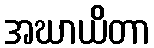
အဃာယိတာ